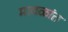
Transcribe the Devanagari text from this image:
मावळांत